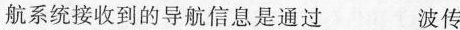
航系统接收到的导航信息是通过___波传